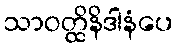
သာဝတ္ထိနိဒါနံပေ